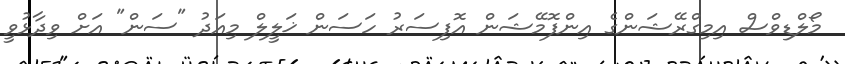
މޯލްޑިވްސް އިމިގްރޭޝަންގެ އިންފޮމޭޝަން އޮފިސަރު ހަސަން ޚަލީލް މިއަދު "ސަން" އަށް ވިދާޅުވީ